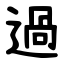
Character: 過